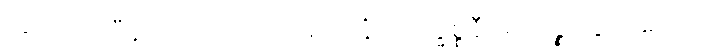
အပ္ပလာဘီနံ ထေတောတိ မူလာနီတိ ဥဒ္ဓစ္စနီဝရဏဉ္စ သွာဒယော